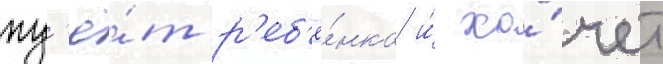
жд'ё́т р'еб'ё́нка и́ хо́чет